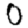
Digit: 0